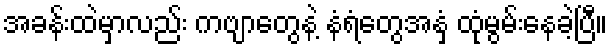
အခန်းထဲမှာလည်း ကဗျာတွေနဲ့ နံရံတွေအနှံ့ ထုံမွမ်းနေခဲ့ပြီ။